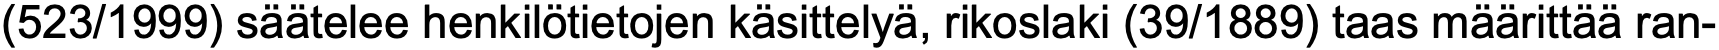
(523/1999) säätelee henkilötietojen käsittelyä, rikoslaki (39/1889) taas määrittää ran-